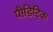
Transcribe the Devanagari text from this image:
पीडिट्रिक